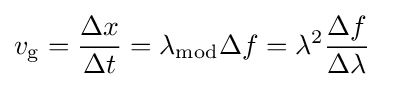
v_{\rm {g}}={\frac {\Delta x}{\Delta t}}=\lambda _{\rm {mod}}\Delta f=\lambda ^{2}{\frac {\Delta f}{\Delta \lambda }}\